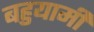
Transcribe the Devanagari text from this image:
बहुयामी